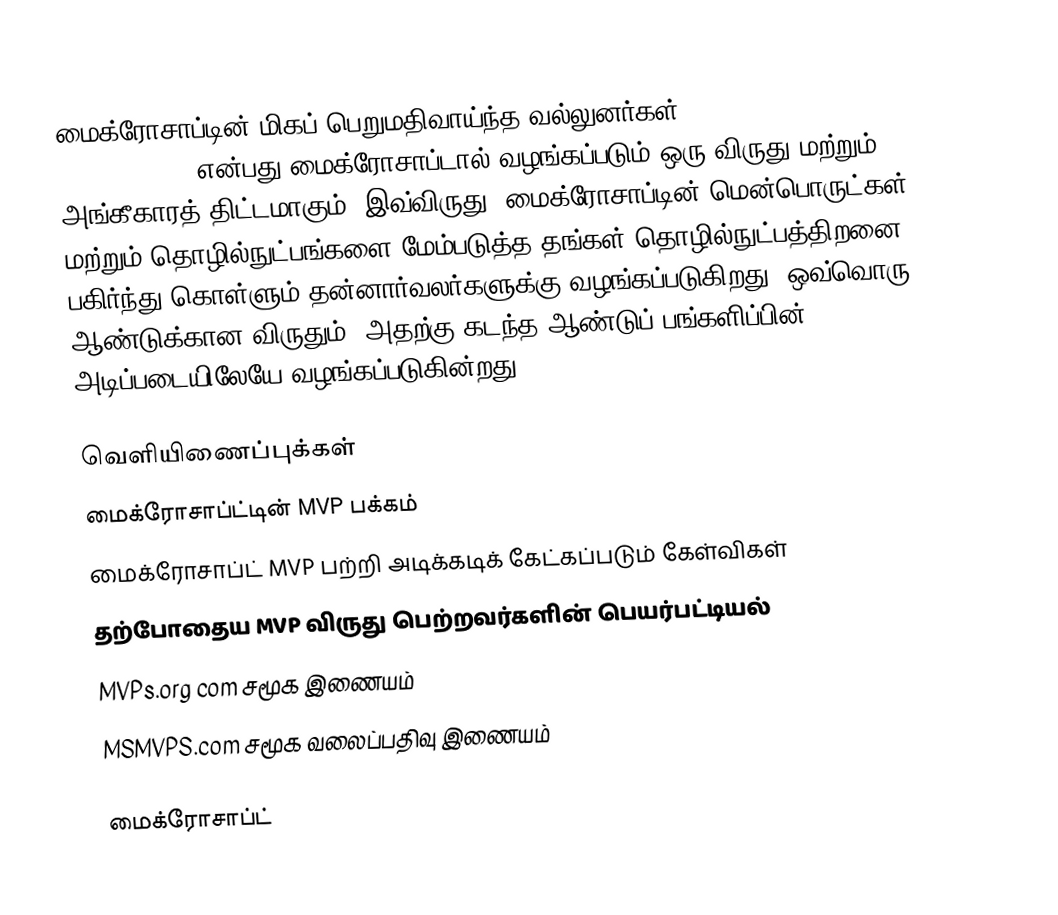
மைக்ரோசாப்டின் மிகப் பெறுமதிவாய்ந்த வல்லுனர்கள் (Microsoft Most Valuable Professional) என்பது மைக்ரோசாப்டால் வழங்கப்படும் ஒரு விருது மற்றும் அங்கீகாரத் திட்டமாகும். இவ்விருது, மைக்ரோசாப்டின் மென்பொருட்கள் மற்றும் தொழில்நுட்பங்களை மேம்படுத்த தங்கள் தொழில்நுட்பத்திறனை பகிர்ந்து கொள்ளும் தன்னார்வலர்களுக்கு வழங்கப்படுகிறது. ஒவ்வொரு ஆண்டுக்கான விருதும், அதற்கு கடந்த ஆண்டுப் பங்களிப்பின் அடிப்படையிலேயே வழங்கப்படுகின்றது.

வெளியிணைப்புக்கள்
 மைக்ரோசாப்ட்டின் MVP பக்கம்
 மைக்ரோசாப்ட் MVP பற்றி அடிக்கடிக் கேட்கப்படும் கேள்விகள்
 தற்போதைய MVP விருது பெற்றவர்களின் பெயர்பட்டியல்
 MVPs.org com சமூக இணையம்
 MSMVPS.com சமூக வலைப்பதிவு இணையம்

மைக்ரோசாப்ட்